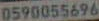
0590055696